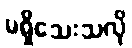
မရှိသေးသလို